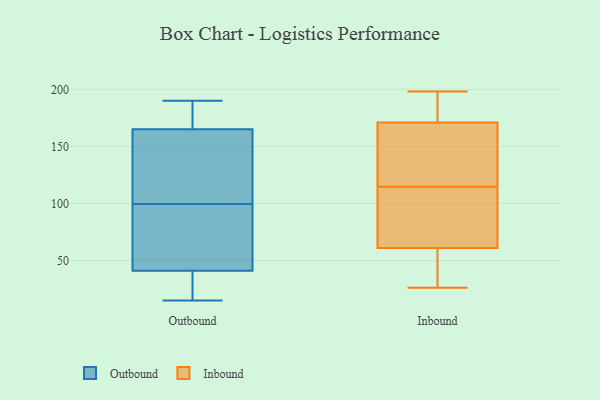
{"axis": {"x": "Headcount", "y": "Value"}, "legend": ["Inbound", "Outbound"], "data": [{"x": "", "y": 100, "type": "Outbound"}, {"x": "", "y": 112, "type": "Outbound"}, {"x": "", "y": 27, "type": "Outbound"}, {"x": "", "y": 72, "type": "Outbound"}, {"x": "", "y": 159, "type": "Outbound"}, {"x": "", "y": 165, "type": "Outbound"}, {"x": "", "y": 41, "type": "Outbound"}, {"x": "", "y": 90, "type": "Outbound"}, {"x": "", "y": 183, "type": "Outbound"}, {"x": "", "y": 99, "type": "Outbound"}, {"x": "", "y": 19, "type": "Outbound"}, {"x": "", "y": 15, "type": "Outbound"}, {"x": "", "y": 190, "type": "Outbound"}, {"x": "", "y": 165, "type": "Outbound"}, {"x": "", "y": 30, "type": "Inbound"}, {"x": "", "y": 26, "type": "Inbound"}, {"x": "", "y": 79, "type": "Inbound"}, {"x": "", "y": 169, "type": "Inbound"}, {"x": "", "y": 54, "type": "Inbound"}, {"x": "", "y": 98, "type": "Inbound"}, {"x": "", "y": 180, "type": "Inbound"}, {"x": "", "y": 173, "type": "Inbound"}, {"x": "", "y": 137, "type": "Inbound"}, {"x": "", "y": 198, "type": "Inbound"}, {"x": "", "y": 131, "type": "Inbound"}, {"x": "", "y": 68, "type": "Inbound"}]}